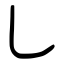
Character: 乚